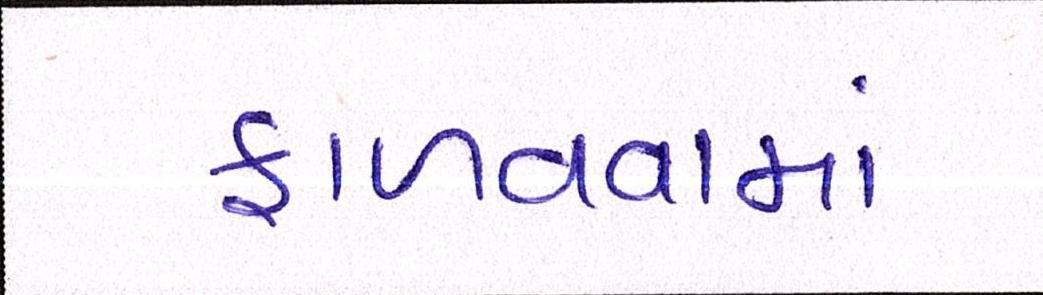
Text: ફાળવવામાં